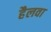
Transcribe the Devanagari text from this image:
हैलवा